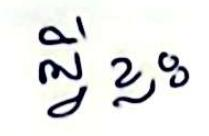
អ្វីខ្លះ